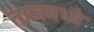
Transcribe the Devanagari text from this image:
ताजमध्ये